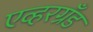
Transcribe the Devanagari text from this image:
एव्हरग्रँड